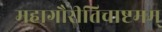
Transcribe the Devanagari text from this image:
महागौरीतिचाष्टमम्